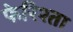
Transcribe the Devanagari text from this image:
फेरिश्ता